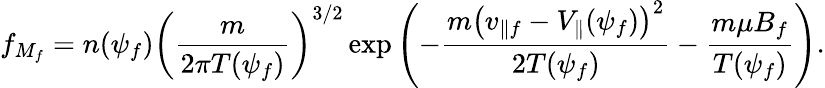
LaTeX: f_{M_{f}}=n(\psi_{f})\left(\frac{m}{2\pi T(\psi_{f})}\right)^{3/2}\exp\left(-\frac{m\left(v_{\parallel f}-V_{\parallel}(\psi_{f})\right)^{2}}{2T(\psi_{f})}-\frac{m\mu B_{f}}{T(\psi_{f})}\right).